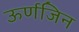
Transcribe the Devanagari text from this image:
ऊर्णजिन